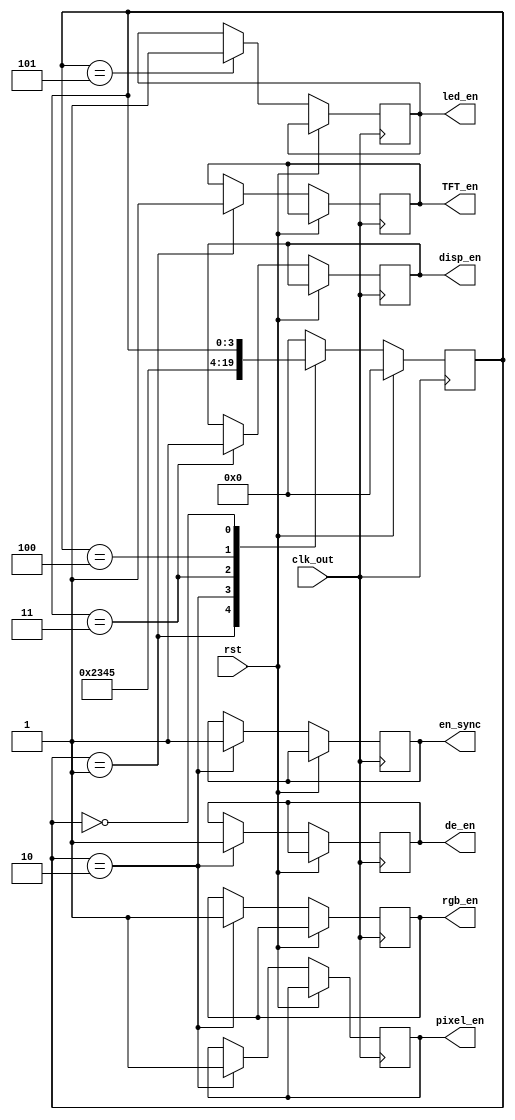
`timescale 1ns / 1ps
//////////////////////////////////////////////////////////////////////////////////
// Company: 
// Engineer: 
// 
// Design Name: 
// Module Name:    controlunit 
// Project Name: 
// Target Devices: 
// Tool versions: 
// Description: 
//
// Dependencies: 
//
// Revision: 
// Revision 0.01 - File Created
// Additional Comments: 
//
//////////////////////////////////////////////////////////////////////////////////

module controlunit(clk_out,rst,TFT_en,de_en,disp_en,led_en,rgb_en,pixel_en,en_sync);

input clk_out,rst;
output reg TFT_en,de_en,disp_en,led_en,rgb_en,pixel_en,en_sync;


reg [3:0] S;

parameter idle=0,S1=1,S2=2,S3=3,S4=4,S5=5;

initial begin
pixel_en=0;en_sync=0;
S=S1;

end


//Next state logic
always @(posedge clk_out)
begin
if(rst) S=idle;
else begin
case (S)
S1: begin S=S2; TFT_en =1; end
S2: begin S=S3; de_en =1; rgb_en=1;pixel_en=1;en_sync=1;end
S3: begin S=S4; disp_en =1;end
S4: begin S=S5; end
S5:begin S=idle; led_en=1;end
idle:;
default: S=idle;
endcase
end
end


endmodule